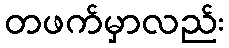
တဖက်မှာလည်း